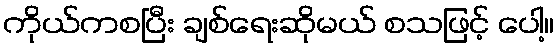
ကိုယ်ကစပြီး ချစ်ရေးဆိုမယ် စသဖြင့် ပေါ့။